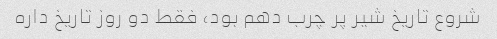
شروع تاریخ شیر پر چرب دهم بود، فقط دو روز تاریخ داره